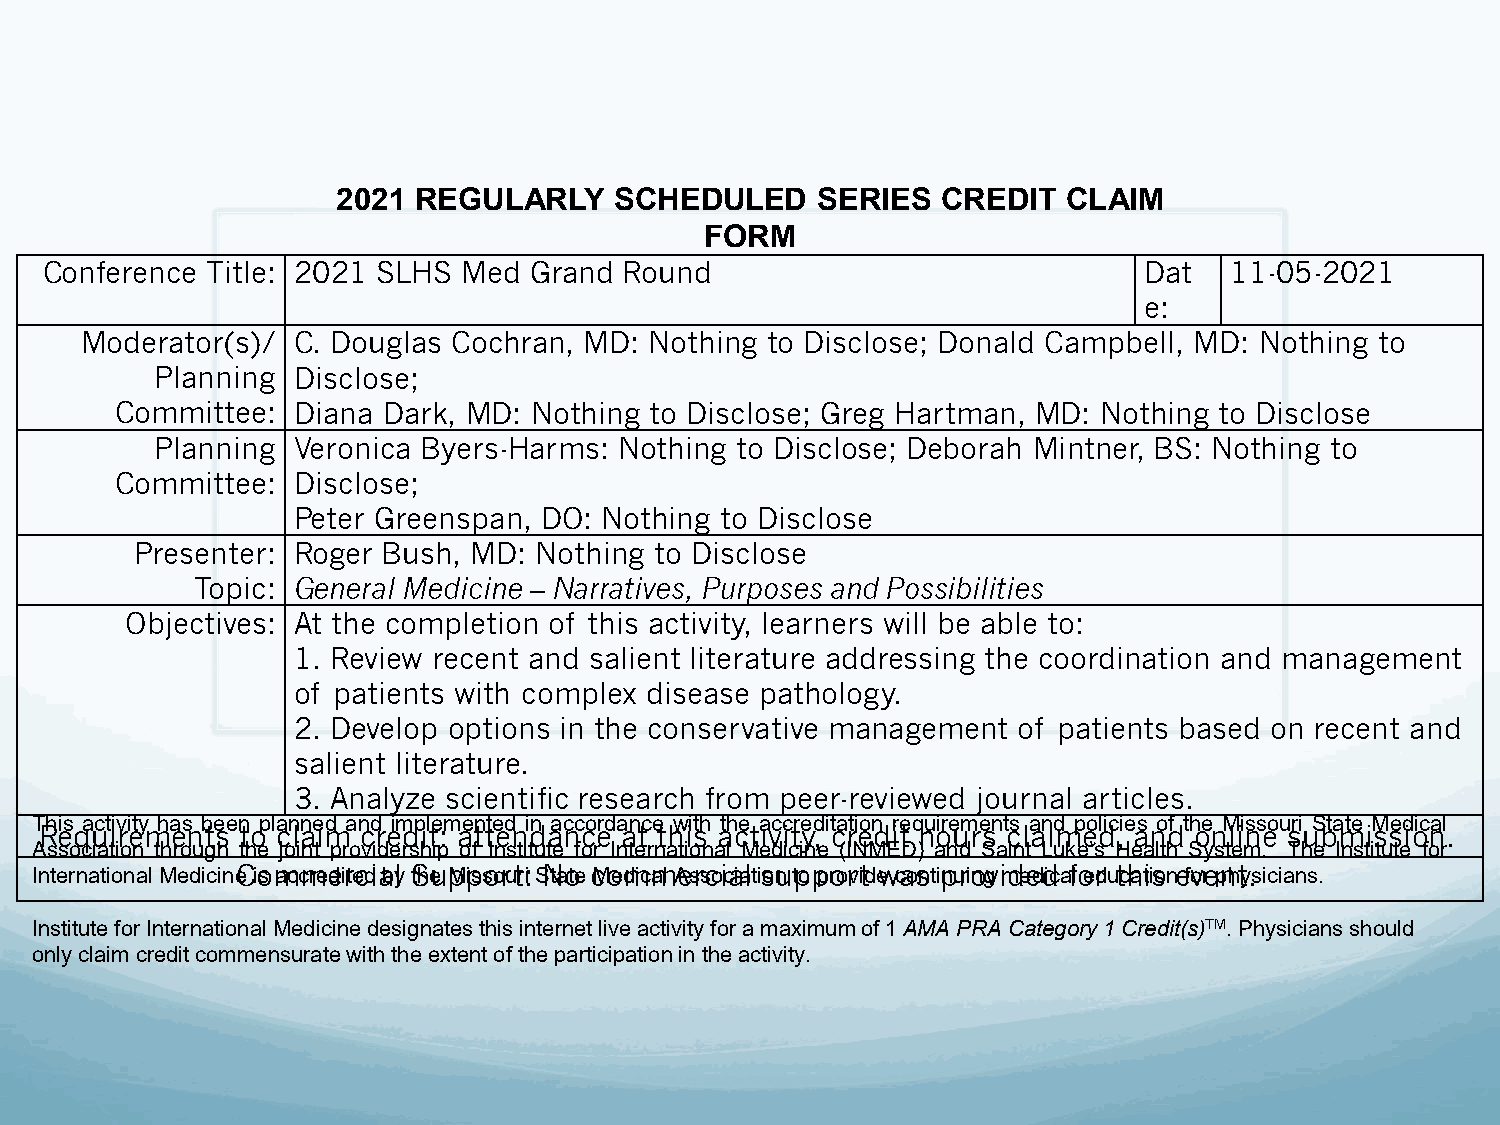
2021 REGULARLY     SCHEDULED    SERIES  CREDIT   CLAIM
 FORM
 Conference Title: 2021 SLHS Med Grand Round                              Dat  11-05-2021
 e:
 Moderator(s)/ C. Douglas Cochran, MD: Nothing to Disclose; Donald Campbell, MD: Nothing to
 Planning Disclose;
 Committee: Diana Dark, MD: Nothing to Disclose; Greg Hartman, MD: Nothing to Disclose
 Planning Veronica Byers-Harms: Nothing to Disclose; Deborah Mintner, BS: Nothing to
 Committee: Disclose;
 Peter Greenspan, DO: Nothing to Disclose
 Presenter: Roger Bush, MD: Nothing to Disclose
 Topic: General Medicine – Narratives, Purposes and Possibilities
 Objectives: At the completion of this activity, learners will be able to:
 1. Review recent and salient literature addressing the coordination and management
 of patients with complex disease pathology.
 2. Develop options in the conservative management of patients based on recent and
 salient literature.
 3. Analyze scientific research from peer-reviewed journal articles.
 This activity has been planned and implemented in accordance with the accreditation requirements and policies of the Missouri State Medical
 Requirements to claim credit: attendance at this activity, credit hours claimed, and online submission.
 Association through the joint providership of Institute for International Medicine (INMED) and Saint Luke’s Health System. The Institute for
 InternationalMedicineCiosmaccmreedirtecdiabyl tSheuMpipssoorutri: SNtaote cMoemdicmalAesrscoicaialt isonutpopproorvitd ewcaosnt ipnurinogvimdeeddica floedr utchatiison efovrepnhty.sicians.
 Institute for International Medicine designates this internet live activity for a maximum of 1AMA PRA Category 1 Credit(s)TM. Physicians should
 only claim credit commensurate with the extent of the participation in the activity.